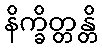
နိက္ခိတ္တန္တိ